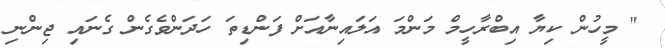
" މީހުން ކިޔާ އިބްރާހީމް މަންމަ އަލައިނާއަށް ފަންޑިތަ ހަދަންވެގެން ގެނައި ޖިންނި